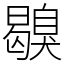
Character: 𦤪